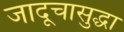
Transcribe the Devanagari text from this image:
जादूचासुद्धा